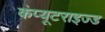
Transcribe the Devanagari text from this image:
कंप्यूटराइज्ड